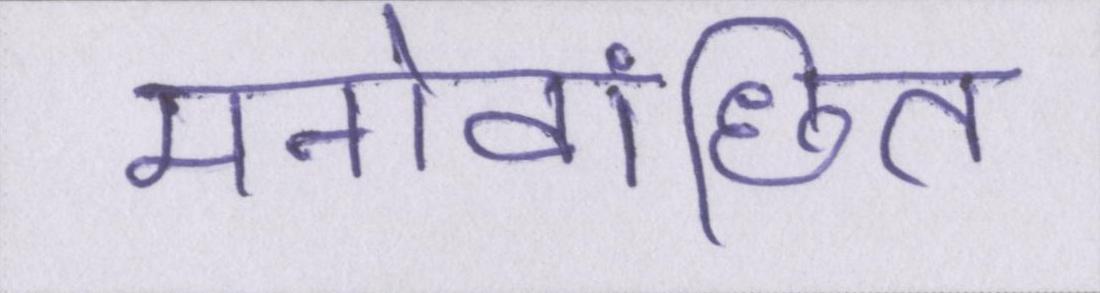
मनोवांछित